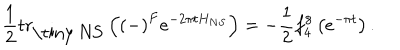
LaTeX: \frac { 1 } { 2 } \mathrm { t r } _ { \mathrm { \tiny ~ N S } } \left( \left( - \right) ^ { F } e ^ { - 2 \pi t H _ { N S } } \right) = - \frac { 1 } { 2 } f _ { 4 } ^ { 8 } \left( e ^ { - \pi t } \right) .